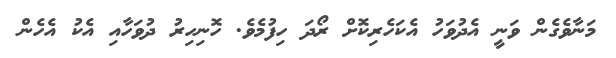
މަނާވެގެން ވަނީ އެދުވަހު އެކަހެރިކޮށް ރޯދަ ހިފުމެވެ. ހޮނިހިރު ދުވަހާއި އެކު އެހެން